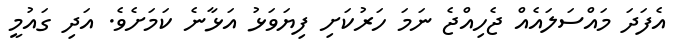
އެފަދަ މައްސަލައެއް ޖެހިއްޖެ ނަމަ ހަރުކަށި ފިޔަވަޅު އަޅާނެ ކަމަށެވެ. އަދި ގައުމީ